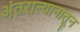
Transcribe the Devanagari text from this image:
अंतराल्यानातून